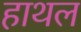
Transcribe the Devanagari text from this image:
हाथल